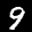
Label: 9